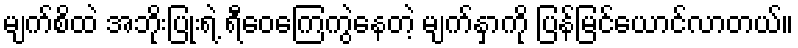
မျက်စိထဲ အဘိုးပြုံးရဲ့ ရီဝေကြေကွဲနေတဲ့ မျက်နှာကို ပြန်မြင်ယောင်လာတယ်။